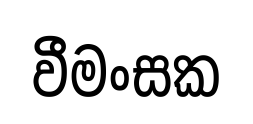
වීමංසක